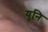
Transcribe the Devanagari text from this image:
युनि